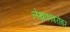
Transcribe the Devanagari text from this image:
लेखकांबरोबर